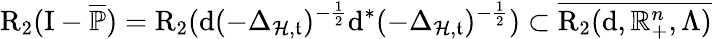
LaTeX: \mathrm{R}_{2}(\mathrm{I}-\overline{{\mathbb{P}}})=\mathrm{R}_{2}(\mathrm{d}(-\Delta_{\mathcal{H},\mathfrak{t}})^{-\frac{1}{2}}\mathrm{d}^{\ast}(-\Delta_{\mathcal{H},\mathfrak{t}})^{-\frac{1}{2}})\subset\overline{{\mathrm{R}_{2}(\mathrm{d},\mathbb{R}_{+}^{n},\Lambda)}}